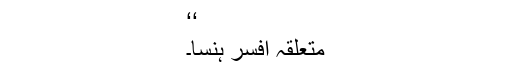
‘‘
متعلقہ افسر ہنسا۔